Papaver somniferum - Opium : an extract from the sixth volume of the Dictionary of Economic Products of India
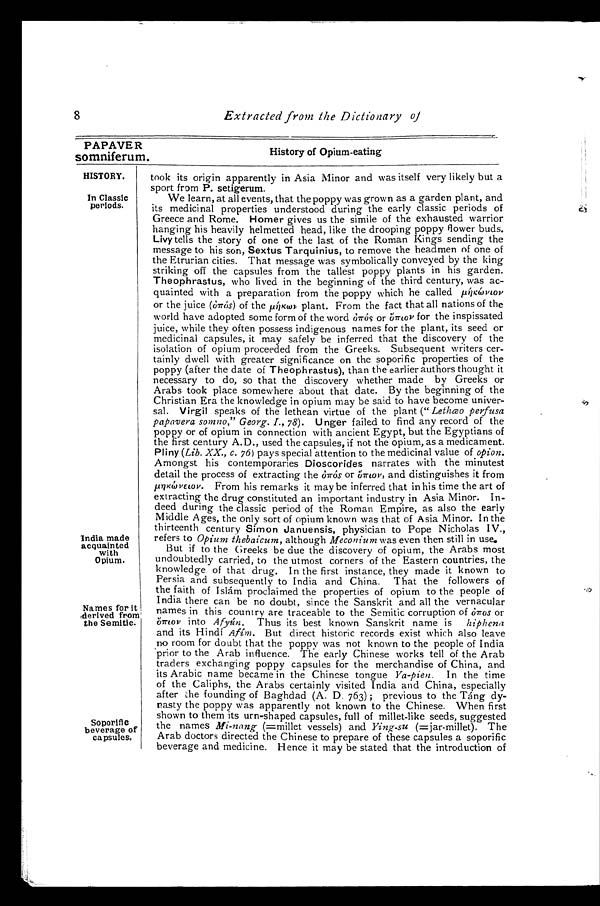
8
Extracted from the Dictionary of
PAPAVE R
History of Opium-eating
so mniferum.
HISTORY.
In Classic
periods.
India made
acquainted
with
Opium.
Names for it
' derived from
the Semitic.
Soporific
beverage of
capsules.
took its origin apparently in Asia Minor and was itself very likely but a
sport from P. setigerum.
We learn, at all events, that the poppy was grown as a garden plant, and
its medicinal properties understood during the early classic periods of
Greece and Rome. Homer gives us the simile of the exhausted warrior
hanging his heavily helmetted head, like the drooping poppy flower buds.
Livy tells the story of one of the last of the Roman Kings sending the
message to his son, Sextus Tarquinius, to remove the headmen of one of
the Etrurian cities. That message was symbolically conveyed by the king
striking off the capsules from the tallest poppy plants in his garden.
Theophrastus, who lived in the beginning of the third century, was ac-
quainted with a preparation from the poppy which he called µή k ώ v i o v
or the juice (òπós) of the µήkωr plant. From the fact that all nations of the
world have adopted some form of the word ó πós or őπiov for the inspissated
juice, while they often possess indigenous names for the plant, its seed or
medicinal capsules, it may safely be inferred that the discovery of the
isolation of opium proceeded from the Greeks. Subsequent writers cer-
tainly dwell with greater significance on the soporific properties of the
poppy (after the date of Theophrastus), than the earlier authors thought it
necessary to do, so that the discovery whether made by Greeks or
Arabs took place somewhere about that date. By the beginning of the
Christian Era the knowledge in opium may be said to have become univer-
sal. Virgil speaks of the lethean virtue of the plant ("Lethæo perfusa
papavera somno," Georg. I., 78). Unger failed to find any record of the
poppy or of opium in connection with ancient Egypt, but the Egyptians of
the first century A.D., used the capsules, if not the opium, as a medicament.
Pliny (Lib. XX., c. 76) pays special attention to the medicinal value of opion.
Amongst his contemporaries Dioscorides narrates with the minutest
detail the process of extracting the òπós or őπiov, and distinguishes it from
µηkώvεiov. From his remarks it may be inferred that in his time the art of
extracting the drug constituted an important industry in Asia Minor. In-
deed during the classic period of the Roman Empire, as also the early
Middle Ages, the only sort of opium known was that of Asia Minor. In the
thirteenth century Simon Januensis, physician to Pope Nicholas IV.,
refers to Opium thebaicum, although Meconium was even then still in use.
But if to the Greeks be due the discovery of opium, the Arabs most
undoubtedly carried, to the utmost corners of the Eastern countries, the
knowledge of that drug. In the first instance, they made it known to
Persia and subsequently to India and China. That the followers of
the faith of Islám proclaimed the properties of opium to the people of
India there can be no doubt, since the Sanskrit and all the vernacular
names in this country are traceable to the Semitic corruption of òπos or
őπiov into Afyún. Thus its best known Sanskrit name is hiphena
and its Hindi Afím. But direct historic records exist which also leave
no room for doubt that the poppy was not known to the people of India
prior to the Arab influence. The early Chinese works tell of the Arab
traders exchanging poppy capsules for the merchandise of China, and
its Arabic name became in the Chinese tongue Ya-pien. In the time
of the Caliphs, the Arabs certainly visited India and China, especially
after the founding of Baghdad (A. D. 763); previous to the Táng dy-
nasty the poppy was apparently not known to the Chinese. When first
shown to them its urn-shaped capsules, full of millet-like seeds, suggested
the names Mi-nang (=millet vessels) and Ying-su (=jar-millet). The
Arab doctors directed the Chinese to prepare of these capsules a soporific
beverage and medicine. Hence it may be stated that the introduction of